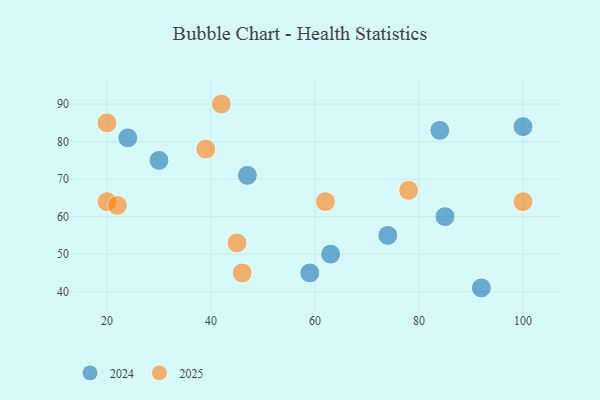
{"axis": {"x": "GDP", "y": "Life Expectancy"}, "legend": ["2024", "2025"], "data": [{"x": "100", "y": 64, "type": "2025"}, {"x": "78", "y": 67, "type": "2025"}, {"x": "20", "y": 85, "type": "2025"}, {"x": "20", "y": 64, "type": "2025"}, {"x": "46", "y": 45, "type": "2025"}, {"x": "62", "y": 64, "type": "2025"}, {"x": "45", "y": 53, "type": "2025"}, {"x": "39", "y": 78, "type": "2025"}, {"x": "22", "y": 63, "type": "2025"}, {"x": "42", "y": 90, "type": "2025"}, {"x": "59", "y": 45, "type": "2024"}, {"x": "24", "y": 81, "type": "2024"}, {"x": "74", "y": 55, "type": "2024"}, {"x": "85", "y": 60, "type": "2024"}, {"x": "47", "y": 71, "type": "2024"}, {"x": "92", "y": 41, "type": "2024"}, {"x": "100", "y": 84, "type": "2024"}, {"x": "30", "y": 75, "type": "2024"}, {"x": "84", "y": 83, "type": "2024"}, {"x": "63", "y": 50, "type": "2024"}]}